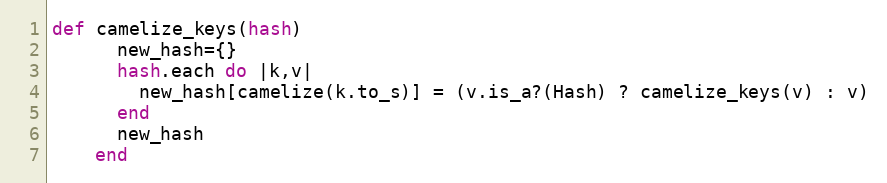
Language: Ruby
def camelize_keys(hash)
      new_hash={}
      hash.each do |k,v|
        new_hash[camelize(k.to_s)] = (v.is_a?(Hash) ? camelize_keys(v) : v)
      end
      new_hash
    end